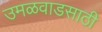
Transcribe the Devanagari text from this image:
उमळवाडसाठी